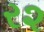
ર૨